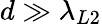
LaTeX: d\gg\lambda_{L2}